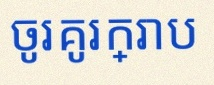
ចូរគូរក្រាប